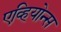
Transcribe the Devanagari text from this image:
एव्हियोन्स